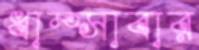
ধাম্‌সাবার